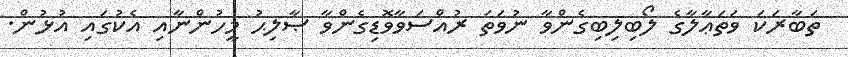
ތަބާރަކަ ވަތަޢާލާގެ ލޯބިލިބިގެންވާ ނުވަތަ ރުއްސަވާވޮޑިގެންވާ ޞާލިޙު މީހުންނާއި އެކުގައި އުޅުން.